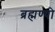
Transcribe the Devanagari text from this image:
ब्रह्मण्यो